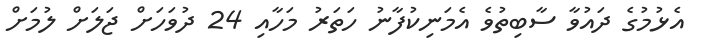
އެޅުމުގެ ދައުވާ ސާބިތުވެ އެމަނިކުފާނު ހަތަރު މަހާއި 24 ދުވަހަށް ޖަލަށް ލުމަށް